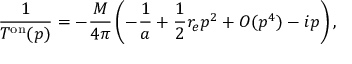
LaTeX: \frac { 1 } { T ^ { \mathrm { { o n } } } ( p ) } = - \frac { M } { 4 \pi } \left( - \frac { 1 } { a } + \frac { 1 } { 2 } r _ { e } p ^ { 2 } + O ( { p ^ { 4 } } ) - i p \right) ,